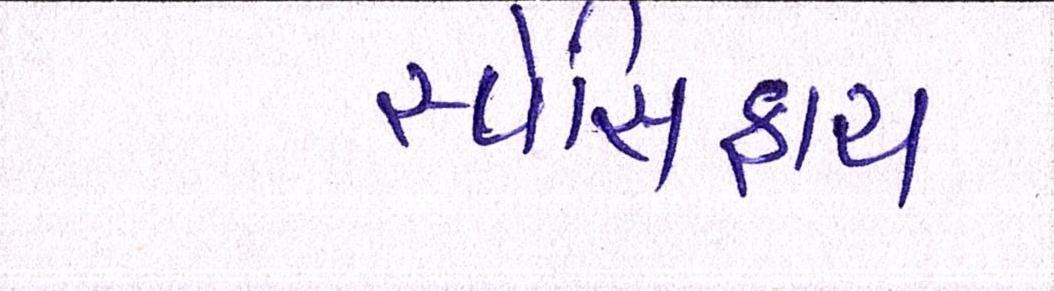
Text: સ્પેસિફાય